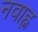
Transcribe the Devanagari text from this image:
नवाह्न